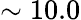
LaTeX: \sim 10.0